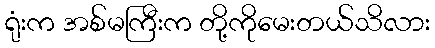
ရုံးက အစ်မကြီးက တို့ကိုမေးတယ်သိလား